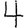
Digit: 4